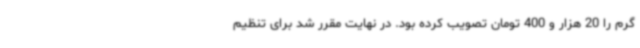
گرم را 20 هزار و 400 تومان تصویب کرده بود. در نهایت مقرر شد برای تنظیم